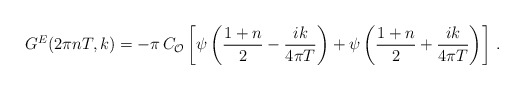
\begin{align*}G^E(2\pi n T, k) = -\pi \, C_{\cal{O}} \left[ \psi \left( {1+n\over 2} -{i k \over 4\pi T} \right) + \psi \left( {1+n\over 2} +{i k \over 4\pi T} \right)\right]\,.\end{align*}